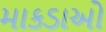
માકડાઓ